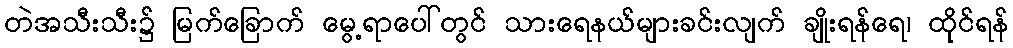
တဲအသီးသီး၌ မြက်ခြောက် မွေ့ရာပေါ်တွင် သားရေနယ်များခင်းလျက် ချိုးရန်ရေ၊ ထိုင်ရန်